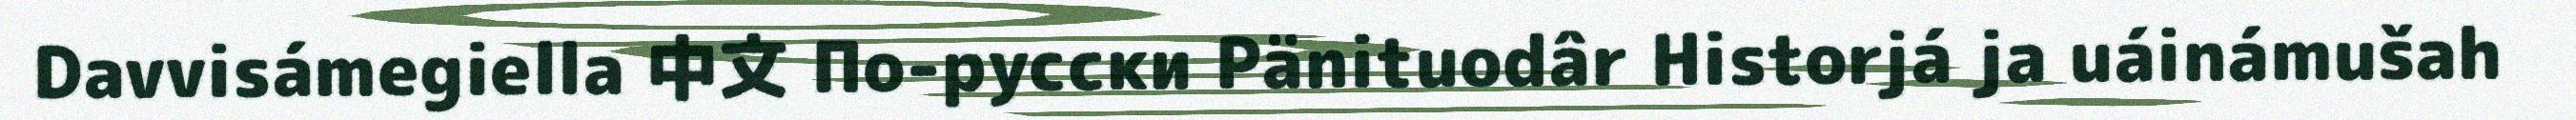
Davvisámegiella 中文 По-русски Pänituodâr Historjá ja uáinámušah